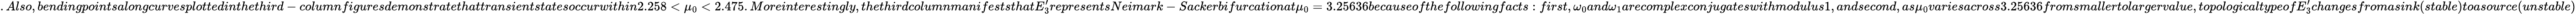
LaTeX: .Also,bendingpointsalongcurvesplottedinthethird-columnfiguresdemonstratethattransientstatesoccurwithin2.258<\mu_{0}<2.475.Moreinterestingly,thethirdcolumnmanifeststhatE_{3}^{\prime}representsNeimark-Sackerbifurcationat\mu_{0}=3.25636becauseofthefollowingfacts:first,\omega_{0}and\omega_{1}arecomplexconjugateswithmodulus1,andsecond,as\mu_{0}variesacross3.25636fromsmallertolargervalue,topologicaltypeofE_{3}^{\prime}changesfromasink(stable)toasource(unstable)